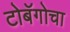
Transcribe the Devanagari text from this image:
टोबॅगोचा